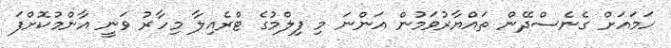
ހަމައަށް ގެނެސްދޭން ތައްޔާރުވަމުން އަންނަ މި ފިލްމުގެ ޓްރެއިލާ މިހާރު ވަނީ އާންމުކޮށްފަ